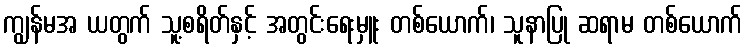
ကျွန်မအ ယတွက် သူ့စရိတ်နှင့် အတွင်းရေးမှူး တစ်ယောက်၊ သူနာပြု ဆရာမ တစ်ယောက်